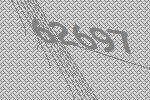
62697